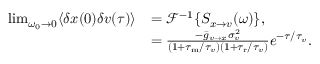
\begin{array} { r l } { \operatorname* { l i m } _ { \omega _ { 0 } \to 0 } \langle \delta x ( 0 ) \delta v ( \tau ) \rangle } & { = \mathcal { F } ^ { - 1 } \{ S _ { x \to v } ( \omega ) \} , } \\ & { = \frac { - \bar { g } _ { v \to x } \sigma _ { v } ^ { 2 } } { ( 1 + { \tau _ { \mathrm { m } } } / \tau _ { v } ) ( 1 + { \tau _ { \mathrm { r } } } / \tau _ { v } ) } e ^ { - \tau / \tau _ { v } } . } \end{array}